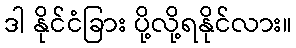
ဒါ နိုင်ငံခြား ပို့လို့ရနိုင်လား။